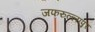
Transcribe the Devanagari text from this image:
जफरुल्लापुर